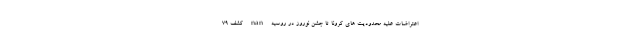
اعتراضات علیه محدودیت های کرونا تا جشن نوروز در روسیه nan کشف ۷۹